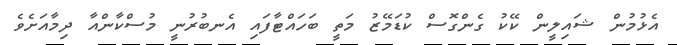
އެޅުމުން ޝައިލީން ކޭކު ގެންގޮސް ކުޑަމޭޒު މަތީ ބަހައްޓާފައި އެނބުރުނީ މުސްކާންއާ ދިމާއަށެވެ